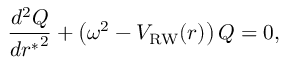
{ \frac { d ^ { 2 } Q } { d { r ^ { * } } ^ { 2 } } } + \left( \omega ^ { 2 } - V _ { \mathrm { R W } } ( r ) \right) Q = 0 ,